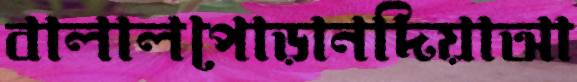
বালালপোড়ানদিয়াআ